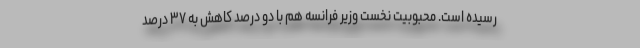
رسیده است. محبوبیت نخست وزیر فرانسه هم با دو درصد کاهش به ۳۷ درصد